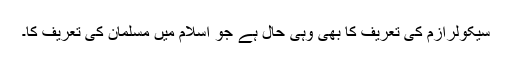
سیکولرازم کی تعریف کا بھی وہی حال ہے جو اسلام میں مسلمان کی تعریف کا۔